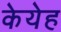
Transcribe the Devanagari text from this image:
केयेह